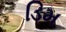
ડિમ